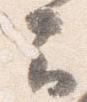
云